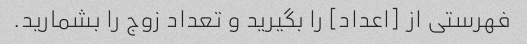
فهرستی از [اعداد] را بگیرید و تعداد زوج را بشمارید.